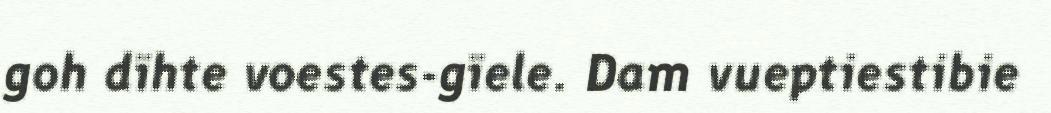
goh dïhte voestes-gïele. Dam vueptiestibie